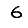
Digit: 6